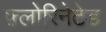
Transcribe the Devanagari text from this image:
फ़्लोरिनेटेड